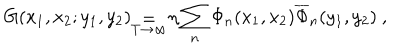
G ( x _ { 1 } , x _ { 2 } ; y _ { 1 } , y _ { 2 } ) _ { \stackrel { { \displaystyle = } } { T \rightarrow \infty } } \eta \sum _ { n } \Phi _ { n } ( x _ { 1 } , x _ { 2 } ) \overline { { \Phi } } _ { n } ( y _ { 1 } , y _ { 2 } ) \ ,